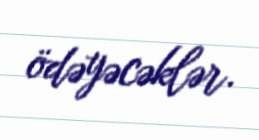
ödəyəcəklər.